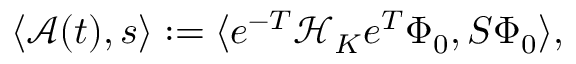
\langle \mathcal { A } ( t ) , s \rangle : = \langle e ^ { - T } \mathcal { H } _ { K } e ^ { T } \Phi _ { 0 } , S \Phi _ { 0 } \rangle ,